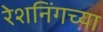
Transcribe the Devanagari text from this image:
रेशनिंगच्या